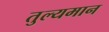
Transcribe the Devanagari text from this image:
तुल्यमान